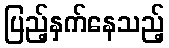
ပြည့်နှက်နေသည့်